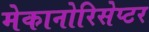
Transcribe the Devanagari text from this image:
मेकानोरिसेप्टर